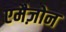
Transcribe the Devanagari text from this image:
एमैज़ोन